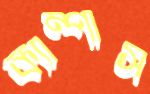
ক্যাম্পাস